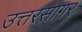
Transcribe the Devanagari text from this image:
उत्तरसागर